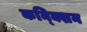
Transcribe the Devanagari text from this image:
कन्क्शिन